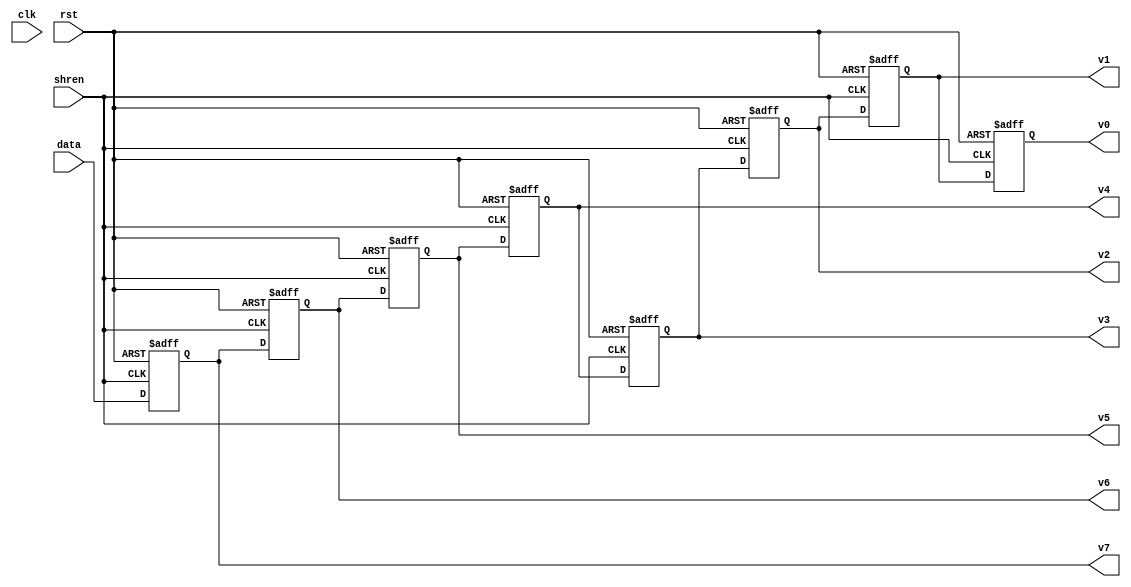
//---------------------------------------------------------------------------------------------------//
// MIT License
//
// Copyright (c) 2022 Jos Luis Jimnez Arvalo
// 
// Permission is hereby granted, free of charge, to any person obtaining a copy
// of this software and associated documentation files (the "Software"), to deal
// in the Software without restriction, including without limitation the rights
// to use, copy, modify, merge, publish, distribute, sublicense, and/or sell
// copies of the Software, and to permit persons to whom the Software is
// furnished to do so, subject to the following conditions:
// 
// The above copyright notice and this permission notice shall be included in all
// copies or substantial portions of the Software.
// 
// THE SOFTWARE IS PROVIDED "AS IS", WITHOUT WARRANTY OF ANY KIND, EXPRESS OR
// IMPLIED, INCLUDING BUT NOT LIMITED TO THE WARRANTIES OF MERCHANTABILITY,
// FITNESS FOR A PARTICULAR PURPOSE AND NONINFRINGEMENT. IN NO EVENT SHALL THE
// AUTHORS OR COPYRIGHT HOLDERS BE LIABLE FOR ANY CLAIM, DAMAGES OR OTHER
// LIABILITY, WHETHER IN AN ACTION OF CONTRACT, TORT OR OTHERWISE, ARISING FROM,
// OUT OF OR IN CONNECTION WITH THE SOFTWARE OR THE USE OR OTHER DEALINGS IN THE
// SOFTWARE.
//---------------------------------------------------------------------------------------------------//


module shiftregV( input 		clk,
						input  [7:0] data,
						input 		 shren,
						input			rst,
						output  [7:0]v0,
						output  [7:0]v1,
						output  [7:0]v2,
						output  [7:0]v3,
						output  [7:0]v4,
						output  [7:0]v5,
						output  [7:0]v6,
						output  [7:0]v7);
	
reg [7:0] sreg [7:0];

always @ (posedge shren or posedge rst)
		if (rst)
		begin
			sreg[7]<= 8'd0;
			sreg[6]<= 8'd0;
			sreg[5]<= 8'd0;
			sreg[4]<= 8'd0;
			sreg[3]<= 8'd0;
			sreg[2]<= 8'd0;
			sreg[1]<= 8'd0;
			sreg[0]<= 8'd0;
		end
		else if (shren)
		 begin
			sreg[7]<= sreg[6];
			sreg[6]<= sreg[5];
			sreg[5]<= sreg[4];
			sreg[4]<= sreg[3];
			sreg[3]<= sreg[2];
			sreg[2]<= sreg[1];
			sreg[1]<= sreg[0];
			sreg[0]<= data;
		end
 	
 assign v0 = sreg[7];
 assign v1 = sreg[6];
 assign v2 = sreg[5];
 assign v3 = sreg[4];
 assign v4 = sreg[3];
 assign v5 = sreg[2];
 assign v6 = sreg[1];	
 assign v7 = sreg[0];
endmodule